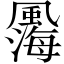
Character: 𩘫